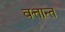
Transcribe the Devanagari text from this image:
वत्तान्त